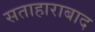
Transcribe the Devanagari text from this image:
सताहाराबाद